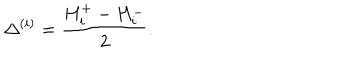
\Delta ^ { ( i ) } = \frac { H _ { i } ^ { + } - H _ { i } ^ { - } } { 2 } .